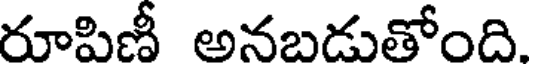
రూపిణీ అనబడుతోంది.